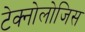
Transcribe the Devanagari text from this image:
टेक्नोलोजिस